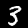
Label: 3